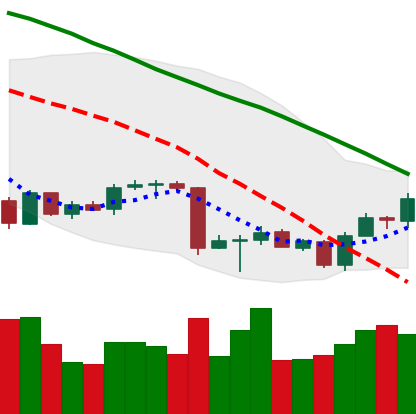
Ticker: BTC-USD
Chart end date: 2018-07-02
Forward return: 3.67%
Label: up_3_5